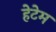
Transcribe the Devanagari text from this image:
हेटेम